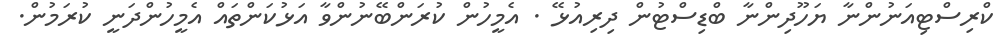
ކްރިސްޓިއަނުންނާ ޔަހޫދިންނާ ބްޑިސްޓުން ދިރިއުޅޭ . އެމީހުން ކުރަންބޭނުންވާ އަޅުކަންތައް އެމީހުންދަނީ ކުރަމުން.